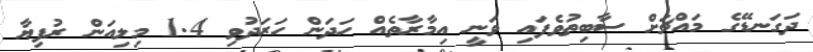
ދަގަނޑޭގެ މައްޗަށް ސާބިތުވެފައި ވަނީ އިމާރާތެއް ހަދަން ހަރަދުވި 1.4 މިލިއަން ރުފިޔާ